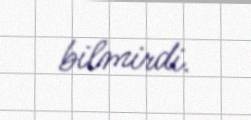
bilmirdi.